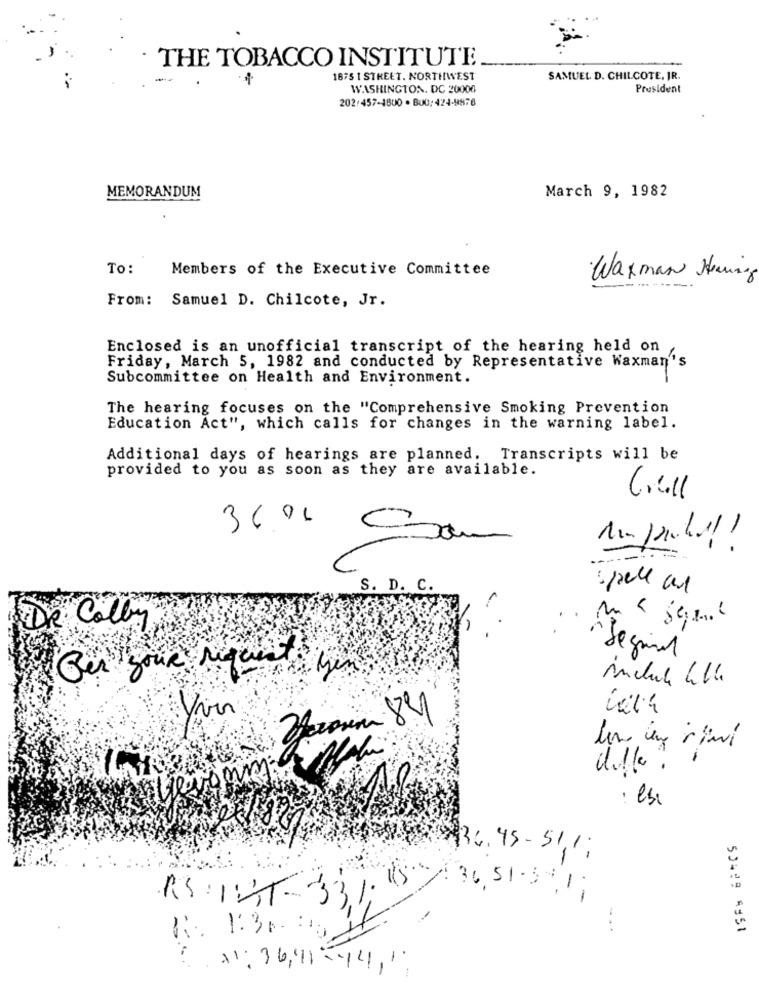
THE TOBACCO INSTITUTE
...
-
1
1675 1 STREET. NORTHWEST
SAMUEL D. CHILCOTE, JR.
WASHINGTON, DC 20006
President
202/457-1800 . BU0:424-9876
MEMORANDUM
March 9, 1982
To:
Members of the Executive Committee
·Waxman Hering
From: Samuel D. Chilcote, Jr.
Enclosed is an unofficial transcript of the hearing held on
n/
Friday, March 5, 1982 and conducted by Representative Waxman's
Subcommittee on Health and Environment.
The hearing focuses on the "Comprehensive Smoking Prevention
Education Act", which calls for changes in the warning label.
Additional days of hearings are planned. Transcripts will be
provided to you as soon as they are available.
36.00 Som
S. D. C.
2.
De Colby
" Jegund
Per your requests yes
include all.
un in rini
· esi
36.45-51,1 ;
36 51-3 1;
RS:10T-331;
...
50499 4951
1:30. 35
11: 36,11 -14,",